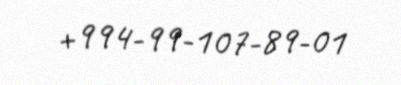
+994-99-107-89-01